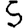
Digit: 5